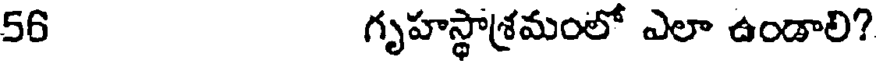
56 గృహస్థాశ్రమంలో ఎలా ఉండాలి?